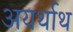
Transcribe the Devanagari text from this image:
अयर्थाथ